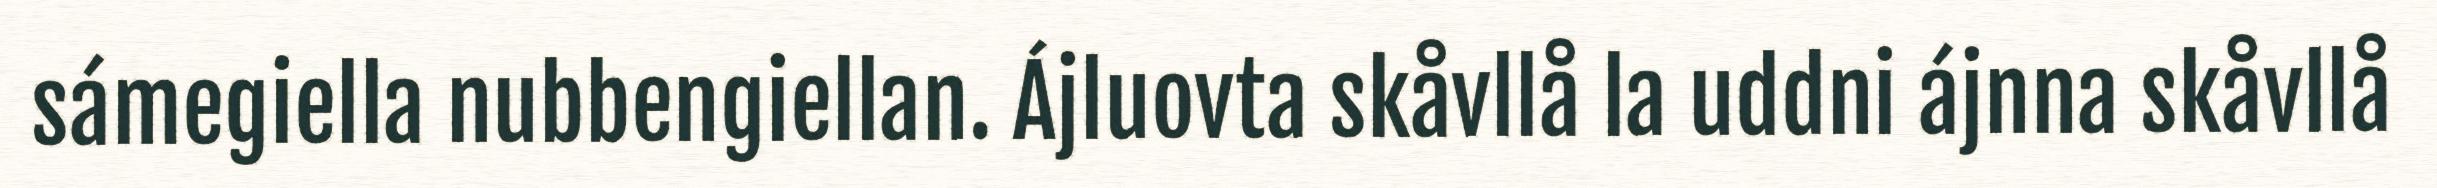
sámegiella nubbengiellan. Ájluovta skåvllå la uddni ájnna skåvllå